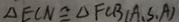
\Delta E C N \cong \Delta F C B / A . S . A )